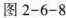
图2-6-8